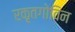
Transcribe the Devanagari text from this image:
रकृतगोविन